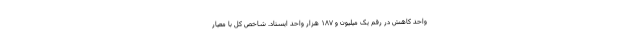
واحد کاهش در رقم یک میلیون و ۱۸۷ هزار واحد ایستاد. شاخص کل با معیار